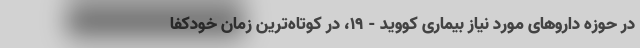
در حوزه داروهای مورد نیاز بیماری کووید - ۱۹، در کوتاه‌ترین زمان خودکفا